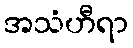
အသံဟီရာ